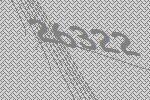
26322